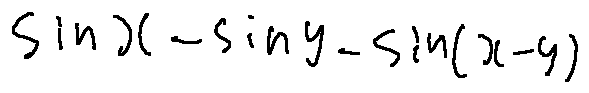
\sin x - \sin y - \sin ( x - y )